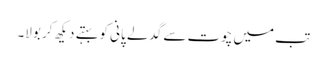
تب میں چوت سے گدلے پانی کو بہتے دیکھ کر بولا۔